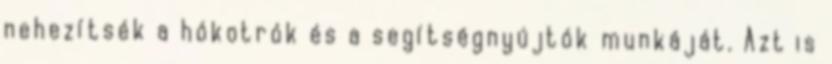
nehezítsék a hókotrók és a segítségnyújtók munkáját. Azt is